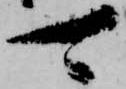
可